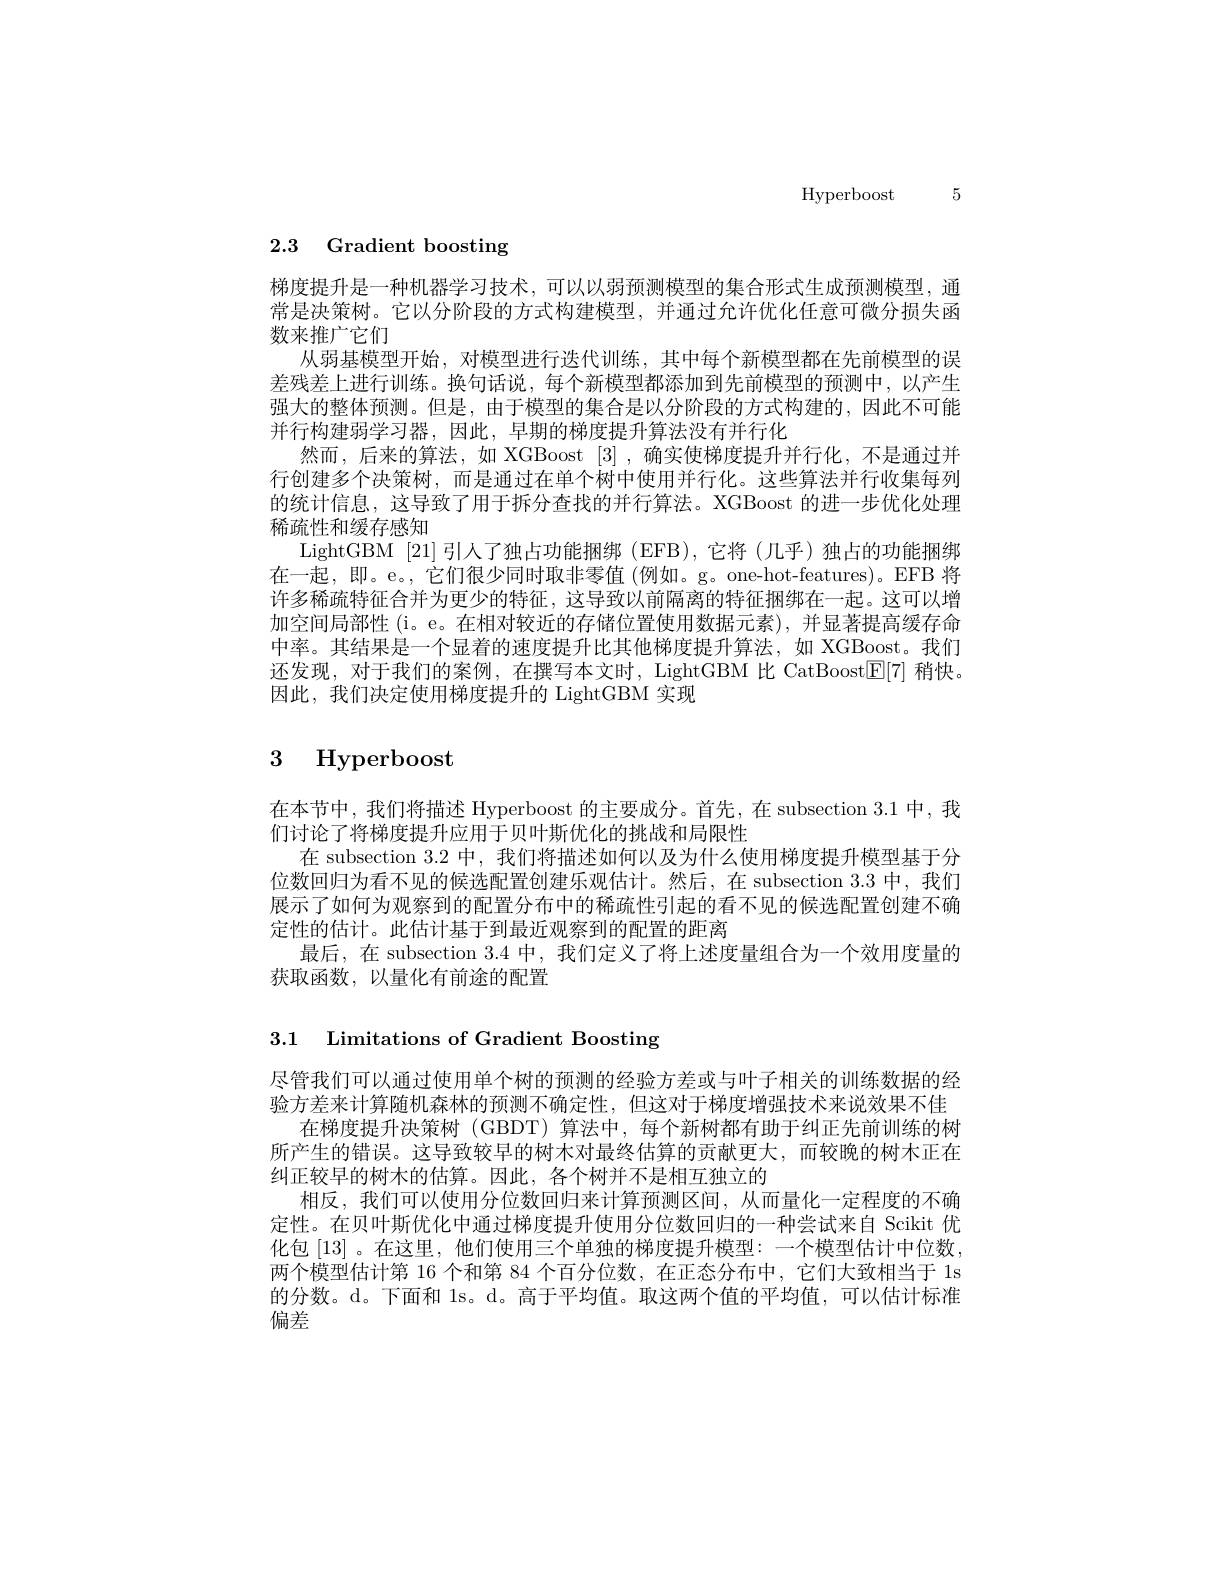
Hyperboost 5

# 2.3 Gradient boosting

梯度提升是一种机器学习技术，可以以弱预测模型的集合形式生成预测模型，通常是决策树。它以分阶段的方式构建模型，并通过允许优化任意可微分损失函数来推广它们
从弱基模型开始，对模型进行迭代训练，其中每个新模型都在先前模型的误差残差上进行训练。换句话说，每个新模型都添加到先前模型的预测中，以产生强大的整体预测。但是，由于模型的集合是以分阶段的方式构建的，因此不可能并行构建弱学习器，因此，早期的梯度提升算法没有并行化
然而，后来的算法，如 XGBoost [3],确实使梯度提升并行化，不是通过并行创建多个决策树，而是通过在单个树中使用并行化。这些算法并行收集每列的统计信息，这导致了用于拆分查找的并行算法。XGBoost 的进一步优化处理稀疏性和缓存感知
LightGBM [21]引人了独占功能捆绑 (EFB),它将 (几乎)独占的功能捆绑在一起，即。e。, 它们很少同时取非零值(例如。g。one-hot-features)。EFB 将许多稀疏特征合并为更少的特征，这导致以前隔离的特征捆绑在一起。这可以增加空间局部性(i。e。在相对较近的存储位置使用数据元素),并显著提高缓存命中率。其结果是一个显着的速度提升比其他梯度提升算法，如 XGBoost。我们还发现，对于我们的案例，在撰写本文时，LightGBM 比 CatBoost[E[7] 稍快。因此，我们决定使用梯度提升的 LightGBM 实现

# 3 Hyperboost

在本节中，我们将描述 Hyperboost 的主要成分。首先，在 subsection 3.1 中，我
们讨论了将梯度提升应用于贝叶斯优化的挑战和局限性
在 subsection 3.2 中，我们将描述如何以及为什么使用梯度提升模型基于分位数回归为看不见的候选配置创建乐观估计。然后，在 subsection 3.3 中，我们展示了如何为观察到的配置分布中的稀疏性引起的看不见的候选配置创建不确定性的估计。此估计基于到最近观察到的配置的距离
最后，在 subsection 3.4中，我们定义了将上述度量组合为一个效用度量的
获取函数，以量化有前途的配置

3.1 Limitations of Gradient Boosting

尽管我们可以通过使用单个树的预测的经验方差或与叶子相关的训练数据的经验方差来计算随机森林的预测不确定性，但这对于梯度增强技术来说效果不佳
在梯度提升决策树 (GBDT) 算法中，每个新树都有助于纠正先前训练的树所产生的错误。这导致较早的树木对最终估算的贡献更大，而较晚的树木正在纠正较早的树木的估算。因此，各个树并不是相互独立的
相反，我们可以使用分位数回归来计算预测区间，从而量化一定程度的不确定性。在贝叶斯优化中通过梯度提升使用分位数回归的一种尝试来自 Scikit 优化包[13] 。在这里，他们使用三个单独的梯度提升模型：一个模型估计中位数， 两个模型估计第 16 个和第 84 个百分位数，在正态分布中，它们大致相当于 1s 的分数。d。下面和 1s。d。高于平均值。取这两个值的平均值，可以估计标准偏差